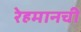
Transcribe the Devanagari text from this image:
रेहमानची